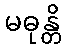
မဓုန္တိ